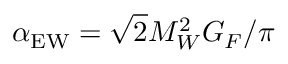
\alpha _ { \mathrm { E W } } = \sqrt { 2 } M _ { W } ^ { 2 } G _ { F } / \pi